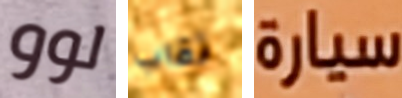
لوو ثقاب سيارة